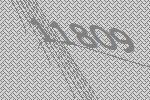
11809